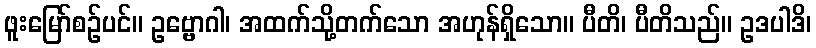
ဖူးမြော်စဉ်ပင်။ ဥဗ္ဗောဂါ၊ အထက်သို့တက်သော အဟုန်ရှိသော။ ပီတိ၊ ပီတိသည်။ ဥဒပါဒိ၊